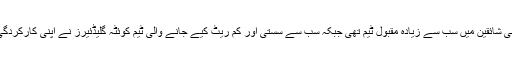
پشاور زلمی شاہدآفریدی کی وجہ سے پاکستانی شائقین میں سب سے زیادہ مقبول ٹیم تھی جبکہ سب سے سستی اور کم ریٹ کیے جانے والی ٹیم کوئٹہ گلیڈئیرز نے اپنی کارکردگی سے دنیا بھر میں شائقین کے دل جیت لیے۔